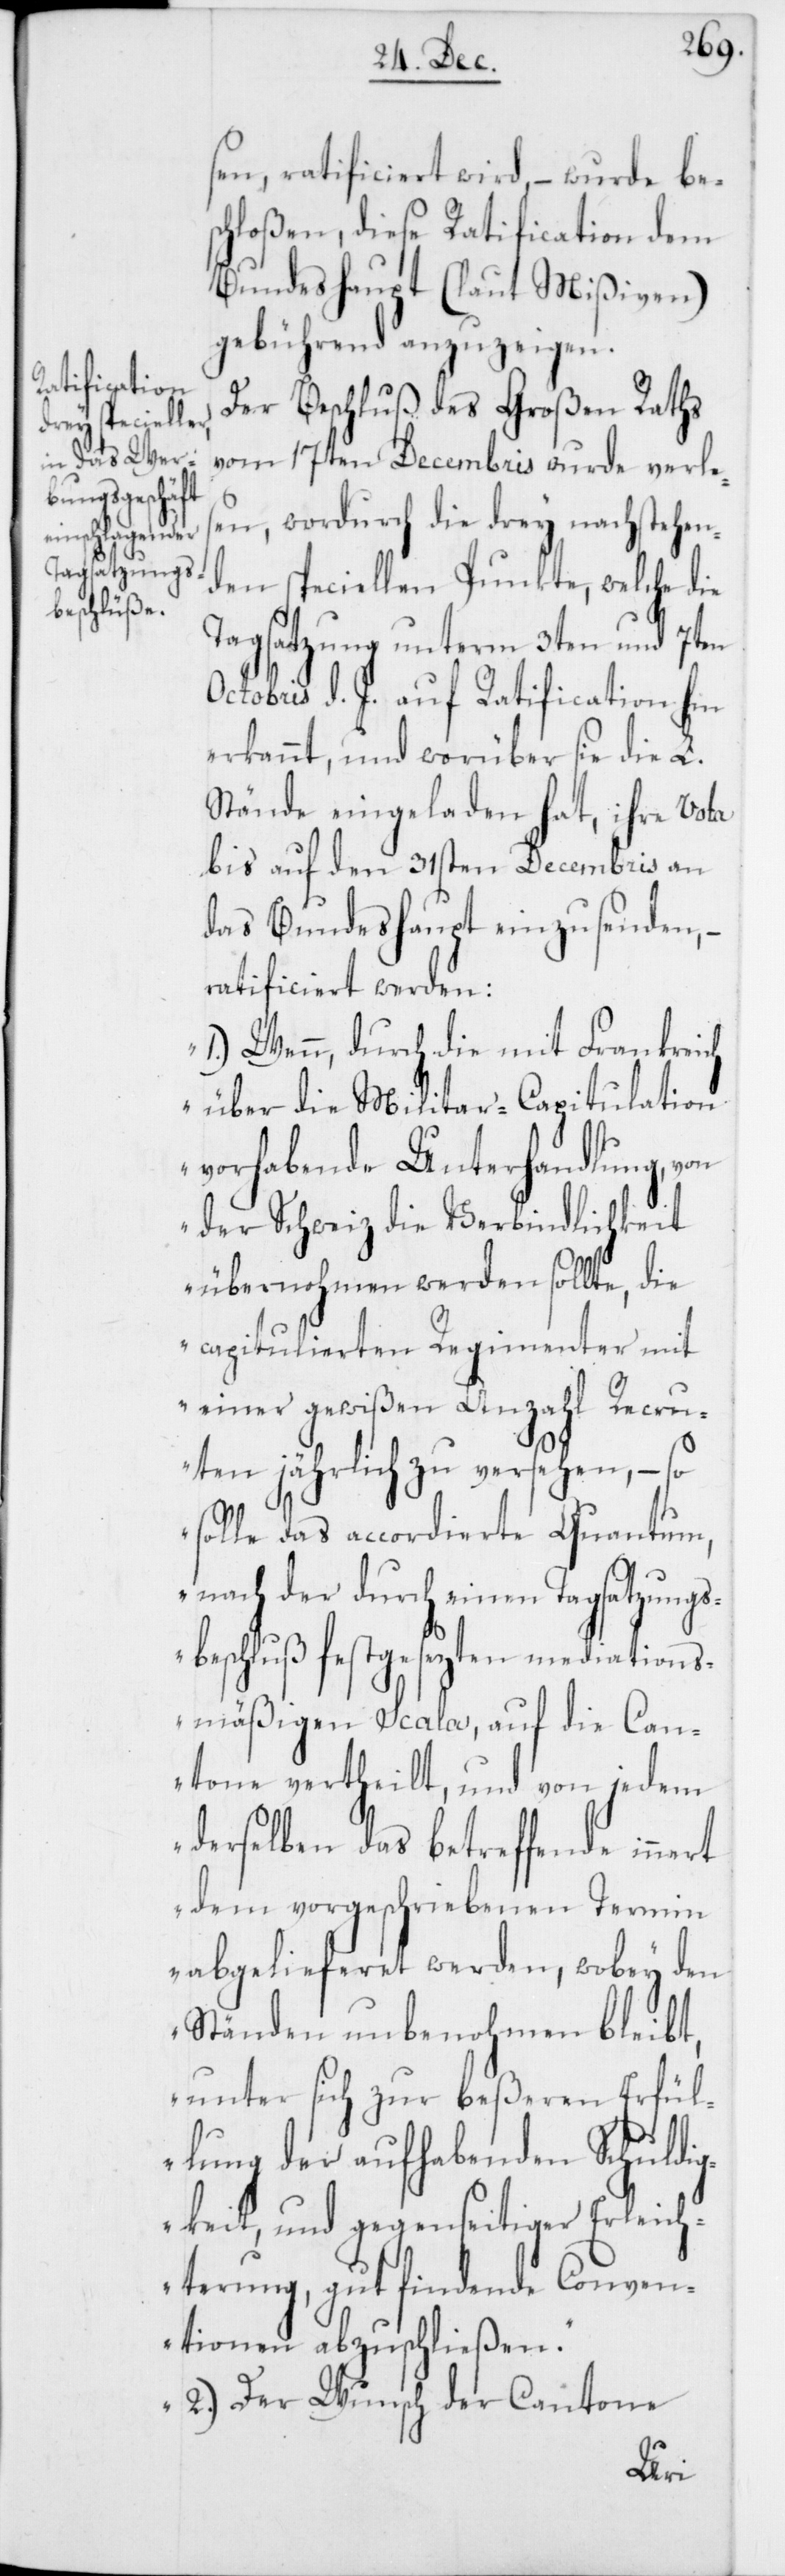
sen, ratificiert wird, – wurde be¬
schloßen, diese Ratification dem
Bundeshaupt (laut Mißiven)
gebührend anzuzeigen.
Der Beschluß des Großen Raths
vom 17ten Decembris wurde verles¬
en, wordurch die drey nachstehen¬
den speciellen Punkte, welche die
Tagsatzung unterm 3ten und 7ten
Octobris d. J. auf Ratification hin
erkannt, und worüber sie die L.
Stände eingeladen hat, ihre Vota
bis auf den 31sten Decembris an
das Bundeshaupt einzusenden, –
ratificiert werden:
„1.) Wenn, durch die mit Frankreich
über die Militar-Capitulation
vorhabende Unterhandlung, von
der Schweiz die Verbindlichkeit
übernohmen werden sollte, die
capitulierten Regimenter mit
einer gewißen Anzahl Recru¬
ten jährlich zu versehen, – so
solle das accordierte Quantum,
nach der durch einen Tagsatzungs¬
beschluß festgesezten mediations¬
mäßigen Scala, auf die Can¬
tone vertheilt, und von jedem
derselben das betreffende innert
dem vorgeschriebenen Termin
abgelieferet werden, wobey den
Ständen unbenohmen bleibt,
unter sich zur beßeren Erfül¬
lung der aufhabenden Schuldi¬
gkeit und gegenseitiger Erleich¬
terung, gut findende Conven¬
tionen abzuschließen.
2.) Der Wunsch der Cantone